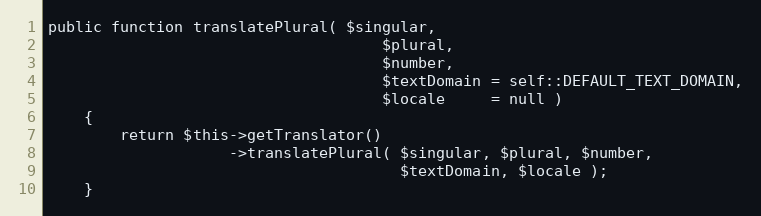
Language: PHP
public function translatePlural( $singular,
                                     $plural,
                                     $number,
                                     $textDomain = self::DEFAULT_TEXT_DOMAIN,
                                     $locale     = null )
    {
        return $this->getTranslator()
                    ->translatePlural( $singular, $plural, $number,
                                       $textDomain, $locale );
    }